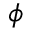
\phi